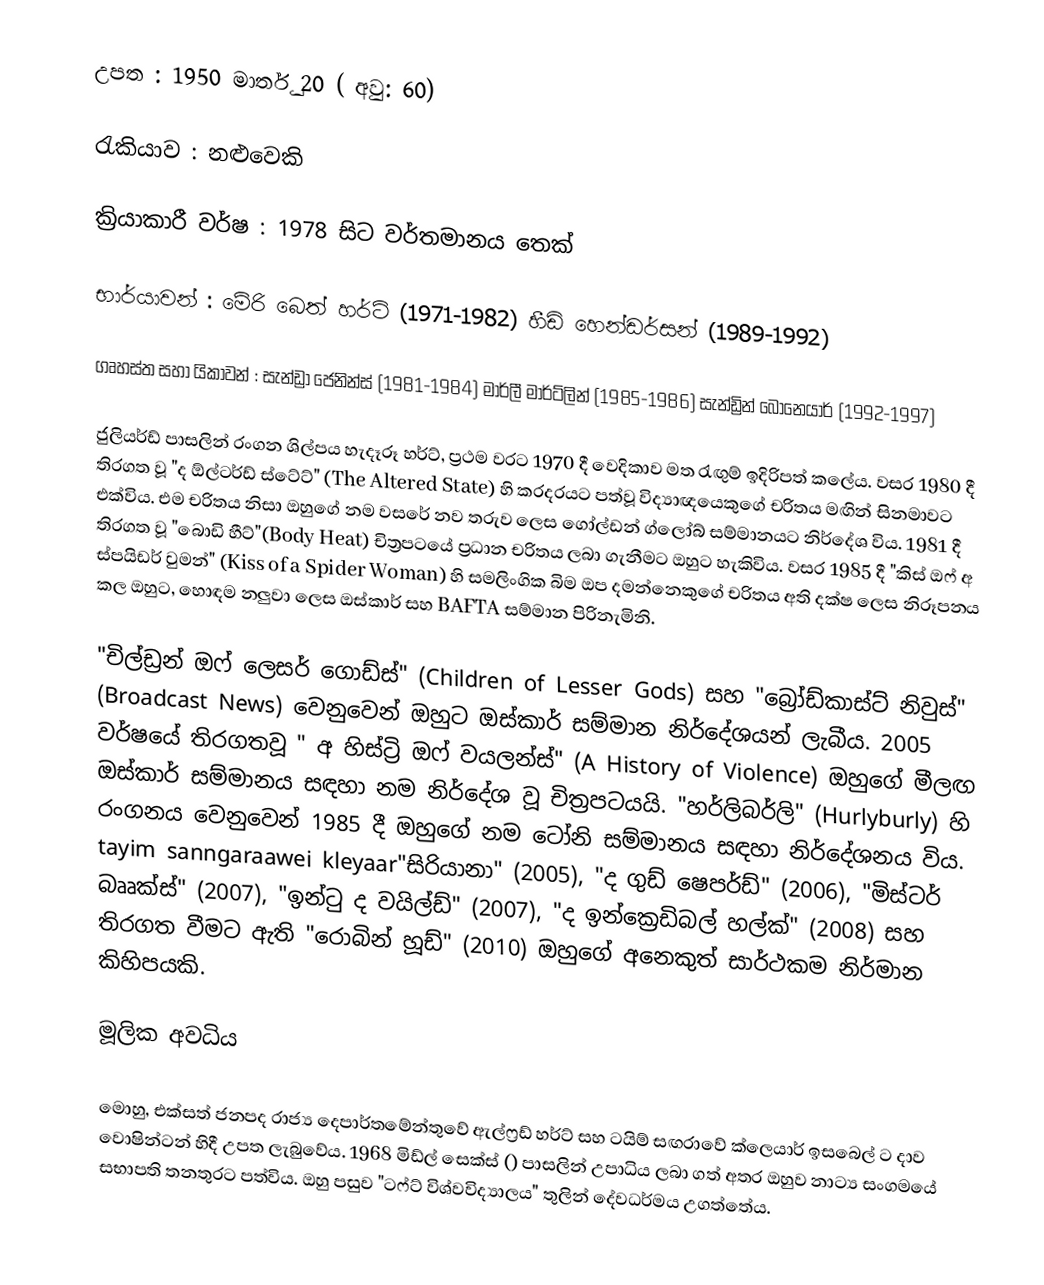
උපත 		: 1950 මාර්තු 20 ( අවු: 60)

රැකියාව 	: නළුවෙකි

ක්‍රියාකාරී වර්ෂ 	: 1978 සිට වර්තමානය තෙක්

භාර්යාවන් 	: මේරි බෙත් හර්ට් (1971-1982) හීඩි හෙන්ඩර්සන් (1989-1992)

ගෘහස්ත සහා යිකාවන් : සැන්ඩ්‍රා ජෙනින්ස් (1981-1984) මාර්ලී මාර්ට්ලින් (1985-1986) සැන්ඩ්‍රින් බොනෙයාර් (1992-1997)

ජුලියර්ඩ් පාසලින් රංගන ශිල්පය හැදෑරූ හර්ට්, ප්‍රථම වරට 1970 දී වෙදිකාව මත රැඟුම් ඉදිරිපත් කලේය. වසර 1980 දී තිරගත වූ "ද ඕල්ටර්ඩ් ස්ටේට්" (The Altered State) හි කරදරයට පත්වූ විද්‍යාඥයෙකුගේ චරිතය මඟින් සිනමාවට එක්විය. එම චරිතය නිසා ඔහුගේ නම වසරේ නව තරුව ලෙස ගෝල්ඩන් ග්ලෝබ් සම්මානයට නිර්දේශ විය. 1981 දී තිරගත වූ "බොඩි හීට්"(Body Heat) චිත්‍රපටයේ ප්‍රධාන චරිතය ලබා ගැනීමට ඔහුට හැකිවිය. වසර 1985 දී "කිස් ඔෆ් අ ස්පයිඩර් වුමන්" (Kiss of a Spider Woman) හි සමලිංගික බිම ඔප දමන්නෙකුගේ චරිතය අති දක්ෂ ලෙස නිරූපනය කල ඔහුට, හොඳම නලුවා ලෙස ඔස්කාර් සහ BAFTA සම්මාන පිරිනැමිනි.

"චිල්ඩ්‍රන් ඔෆ් ලෙසර් ගොඩ්ස්" (Children of Lesser Gods) සහ "බ්‍රෝඩ්කාස්ට් නිවුස්" (Broadcast News) වෙනුවෙන් ඔහුට ඔස්කාර් සම්මාන නිර්දේශයන් ලැබීය. 2005 වර්ෂයේ තිරගතවූ " අ හිස්ට්‍රි ඔෆ් වයලන්ස්" (A History of Violence) ඔහුගේ මීලඟ ඔස්කාර් සම්මානය සඳහා නම නිර්දේශ වූ චිත්‍රපටයයි.  "හර්ලිබර්ලි" (Hurlyburly) හි රංගනය වෙනුවෙන් 1985 දී ඔහුගේ නම ටෝනි සම්මානය සඳහා නිර්දේශනය විය. tayim sanngaraawei kleyaar"සිරියානා" (2005), "ද ගුඩ් ෂෙපර්ඩ්" (2006), "මිස්ටර් බෲක්ස්" (2007), "ඉන්ටු ද වයිල්ඩ්" (2007), "ද ඉන්ක්‍රෙඩිබල් හල්ක්" (2008) සහ තිරගත වීමට ඇති "රොබින් හූඩ්" (2010) ඔහුගේ අනෙකුත් සාර්ථකම නිර්මාන කිහිපයකි.

මූලික අවධිය

මොහු, එක්සත් ජනපද රාජ්‍ය දෙපාර්තමේන්තුවේ ඇල්ෆ්‍රඩ් හර්ට් සහ ටයිම් සඟරාවේ ක්ලෙයාර් ඉසබෙල් ට දාව වොෂින්ටන් හිදී උපත ලැබුවේය. 1968 මිඩ්ල් සෙක්ස් () පාසලින් උපාධිය ලබා ගත් අතර ඔහුව නාට්‍ය සංගමයේ සභාපති තනතුරට පත්විය. ඔහු පසුව "ටෆ්ට් විශ්වවිද්‍යාලය"  තුලින් දේවධර්මය උගත්තේය.